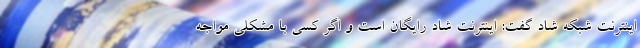
اینترنت شبکه شاد گفت: اینترنت شاد رایگان است و اگر کسی با مشکلی مواجه